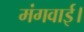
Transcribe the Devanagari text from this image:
मंगवाई।